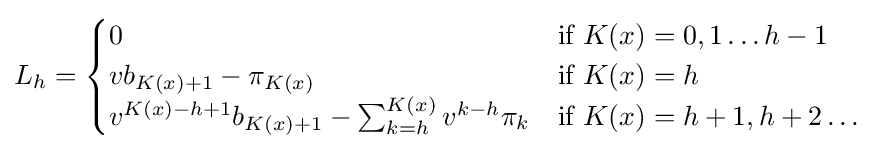
L_{h}={\begin{cases}0&{\mbox{if }}K(x)=0,1\dots h-1\\vb_{K(x)+1}-\pi _{K(x)}&{\mbox{if }}K(x)=h\\v^{K(x)-h+1}b_{K(x)+1}-\sum _{k=h}^{K(x)}v^{k-h}\pi _{k}&{\mbox{if }}K(x)=h+1,h+2\dots \end{cases}}